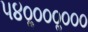
૫૪૦ૢ૦૦૦ૢ૦૦૦